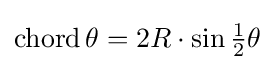
\operatorname {chord} \theta =2R\cdot \sin {\tfrac {1}{2}}\theta